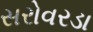
સરોવરડા